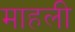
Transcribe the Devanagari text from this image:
माहली